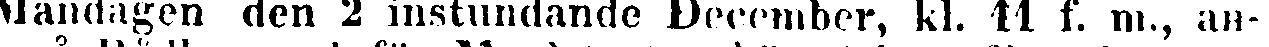
Måndagen den 2 instundande December, kl. 11 f. m., an-